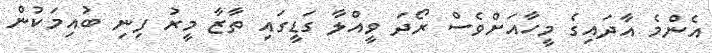
އެންމެ އާދައިގެ މީހާއަށްވެސް ރޯދަ ވީއްލާ ގަޑީގައި ތާޒާ މީރު ފިނި ބުއިމަކުން